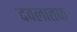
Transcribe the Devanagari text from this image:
दवलातफ